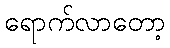
ရောက်လာတော့